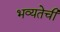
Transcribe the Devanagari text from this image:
भव्यतेची